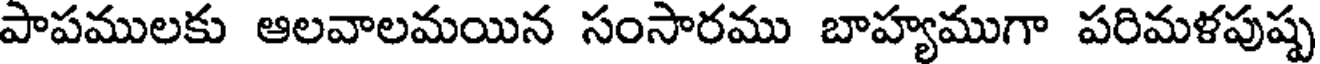
పాపములకు ఆలవాలమయిన సంసారము బాహ్యముగా పరిమళపుష్ప